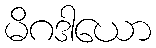
မိဂဒါယော